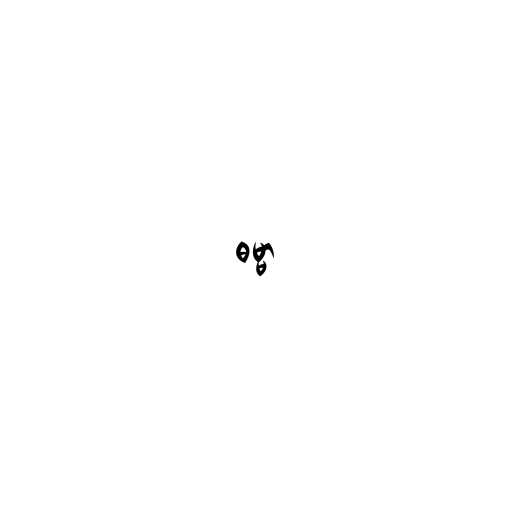
ဓမ္မာ